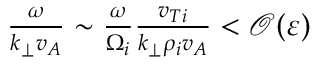
\begin{array} { r } { \frac { \omega } { k _ { \perp } v _ { A } } \sim \frac { \omega } { \Omega _ { i } } \frac { v _ { T i } } { k _ { \perp } \rho _ { i } v _ { A } } < \mathcal { O } ( \varepsilon ) } \end{array}